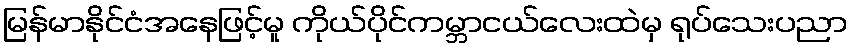
မြန်မာနိုင်ငံအနေဖြင့်မူ ကိုယ်ပိုင်ကမ္ဘာငယ်လေးထဲမှ ရုပ်သေးပညာ